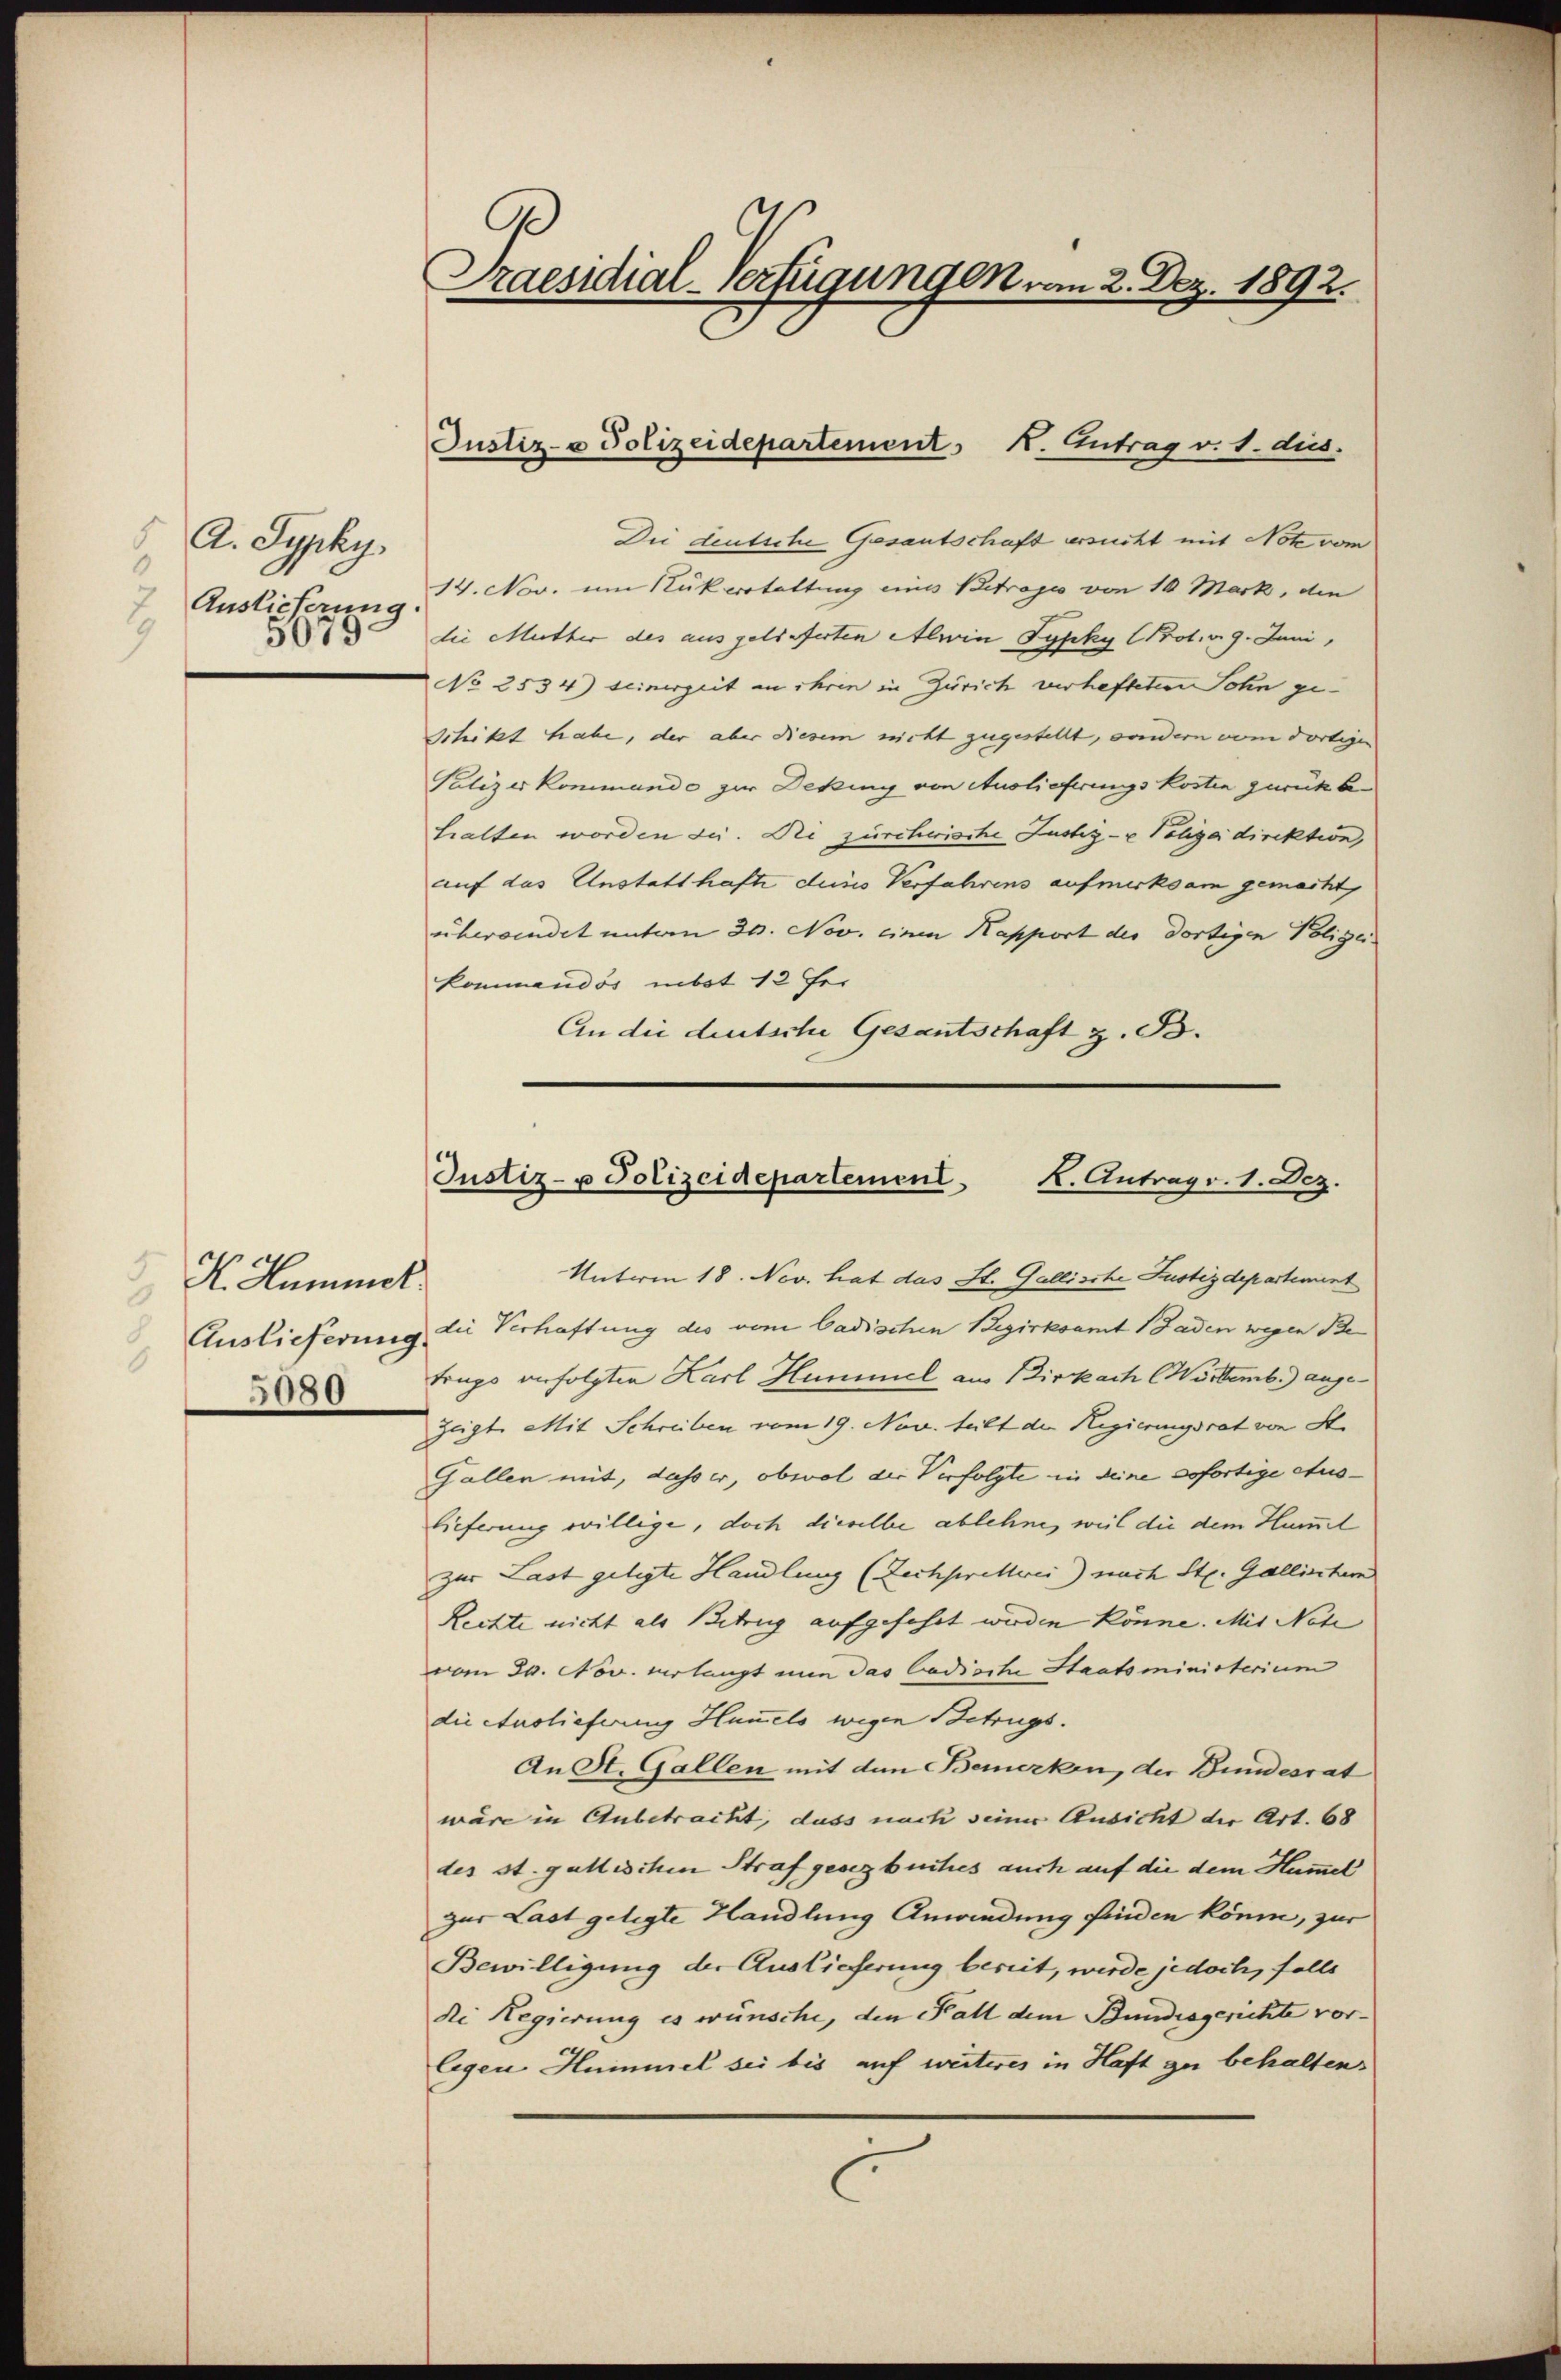
A. Syphy
Auslieferung.
2
5

H. Hammel
Auslieferung.
6
5080

C
Praesidial-Verfügungen vom 2. Dez. 1892.

Justiz- & Polizeidepartement N. Eintrag/Antrag v. 1. dus.

Die deutsche Gesantschaft ersucht mit Note vom
14. Nov. um Rükerstattung eines Betrages von 10 Mark, die
die Mutter des ausgelieferten Alwin Syphy (Prot. v. 9. Juni,
No 2534) Seinerzeit an ihren in Zürich verhafteten Sohn ge-
Schitzt habe, der aber diesem nicht zugestellt, sondern vom dortigen
Polizeikommende zur Deking von Auslieferungskosten zurückbehalten worden sei. Die zürchwische Justiz- & Poliza direktion,
auf das Unstatthafte ders Verfahrens aufmerksam gemacht,
überwindet unterm 30. Nov. einen Kapport der dortigen Polizei-
kommandos mbst 12 Fei
An die deutsche Gesantschaft z. B.

Justiz- u Polizeidepartement
K. Antrage. 1. Dez.

Unterm 18. Nov. hat das St. Gallische Justizdepartement
die Verhaftung des vom Cadischen Bezirksamt 1 Faden wegen Be
trupo verfolgten Karl Hummel aus Birkach Wörtemb.) auge¬
Zeigte Mit Schreiben vom 19. Nov. teilt die Regierungsrat von St.
Gallen mit, dass er, obwol die Verfolgte in deine sofortige etus-
lieferung willige, doch dieselbe ablehne, weil die dem Huml
zur Last gelegte Handlung (Zechprellwei) nach St. Gallischem
Rechte nicht als Betrug aufgeführt werden könne. Mit Netz
vom 30. Nov. verlangt nun das Cadisch Staatsministerium
die Auslieferung Hummels wegen Betrugs.
An St. Gallen mit den Bemerken, der Bundesrat
wäre in Anbetracht, dass nach seiner Ausicht der Art. 68
des st. gallischen Straf gesegbuities auch auf die dem Hammel
zur Last gelegte Handlung Anwendung finden könne, zur
Bewilligung der Auslieferung bereit, werde jedoch, falls
di Regierung es wünsche, den Fall dem Bundesgerichte vor-
legen Hummel sei bis auf weiteres in Haft zu behaltens